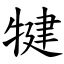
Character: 犍